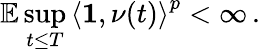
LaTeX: \mathbb{E}\operatorname*{sup}_{t\leq T}\left\langle\mathbf{1},\nu(t)\right\rangle^{p}<\infty\, .